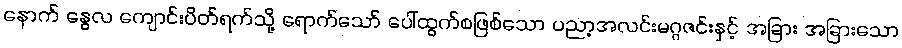
နောက် နွေလ ကျောင်းပိတ်ရက်သို့ ရောက်သော် ပေါ်ထွက်စဖြစ်သော ပညာ့အလင်းမဂ္ဂဇင်းနှင့် အခြား အခြားသော